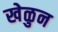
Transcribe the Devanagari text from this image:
खेळुन